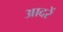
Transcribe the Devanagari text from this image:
आदरें